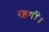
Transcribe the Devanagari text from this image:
रहगीं।